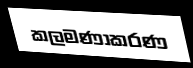
කලමණාකරණ